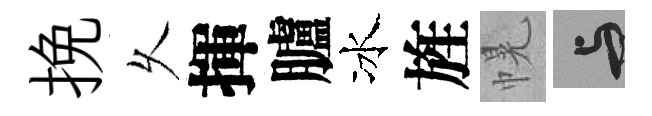
挽乆揮臚冰旌幌与